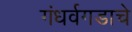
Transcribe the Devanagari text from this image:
गंधर्वगडाचे